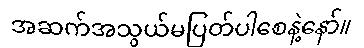
အဆက်အသွယ်မပြတ်ပါစေနဲ့နော်။